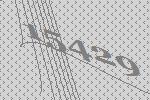
15429